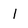
Character: I